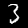
Label: 3